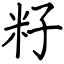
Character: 籽